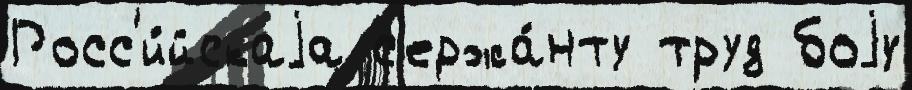
Росс'и́йскаjа с'ержа́нту труд боjу